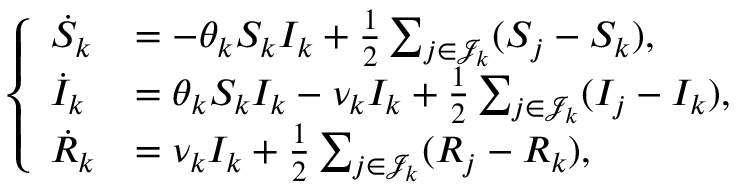
\begin{array} { r } { \left\{ \begin{array} { l l } { \dot { S } _ { k } } & { = - \theta _ { k } S _ { k } I _ { k } + { \frac { 1 } { 2 } } \sum _ { j \in \mathcal { J } _ { k } } ( S _ { j } - S _ { k } ) , } \\ { \dot { I } _ { k } } & { = \theta _ { k } S _ { k } I _ { k } - \nu _ { k } I _ { k } + { \frac { 1 } { 2 } } \sum _ { j \in \mathcal { J } _ { k } } ( I _ { j } - I _ { k } ) , } \\ { \dot { R } _ { k } } & { = \nu _ { k } I _ { k } + { \frac { 1 } { 2 } } \sum _ { j \in \mathcal { J } _ { k } } ( R _ { j } - R _ { k } ) , } \end{array} \right. } \end{array}